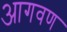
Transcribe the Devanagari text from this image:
आगवण